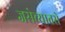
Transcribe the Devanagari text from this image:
जसेच्यातसे